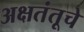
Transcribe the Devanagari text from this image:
अक्षतंतूचे